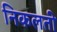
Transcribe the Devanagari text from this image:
निकलती